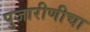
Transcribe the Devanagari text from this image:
पुजारीणीचा